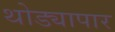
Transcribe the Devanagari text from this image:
थोड्यापार